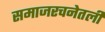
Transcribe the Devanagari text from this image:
समाजरचनेतली